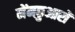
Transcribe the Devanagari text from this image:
मेंमछुआरों